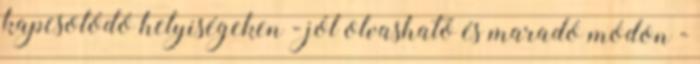
kapcsolódó helyiségeken - jól olvasható és maradó módon -